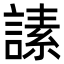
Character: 䛾